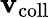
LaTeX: \mathbf{v}_{\mathrm{{coll}}}